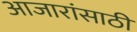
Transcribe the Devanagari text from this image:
अाजारांसाठी